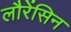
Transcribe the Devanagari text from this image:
लौरेंसिन